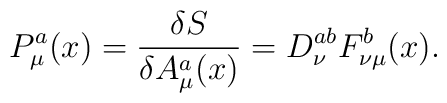
P^{a}_{\mu}(x)=\frac{\delta{S}}{\delta{A^{a}_{\mu}(x)}}=D^{ab}_{\nu}F^{b}_{\nu\mu}(x).